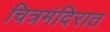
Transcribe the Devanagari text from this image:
चित्रमंदिरात